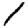
Digit: 1